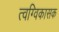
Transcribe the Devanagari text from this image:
त्वग्विकासक